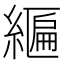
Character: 𦄒